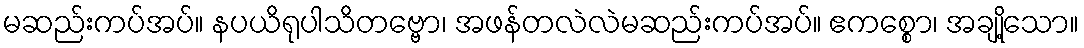
မဆည်းကပ်အပ်။ နပယိရုပါသိတဗ္ဗော၊ အဖန်တလဲလဲမဆည်းကပ်အပ်။ ဧကစ္စော၊ အချို့သော။